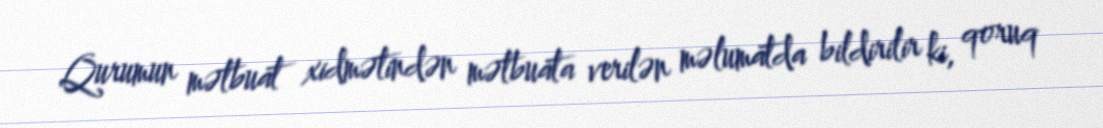
Qurumun mətbuat xidmətindən mətbuata verilən məlumatda bildirilir ki, qoruq